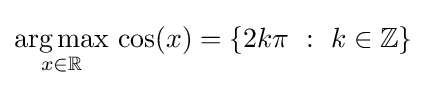
{\underset {x\in \mathbb {R} }{\operatorname {arg\,max} }}\,\cos(x)=\left\{2k\pi ~:~k\in \mathbb {Z} \right\}